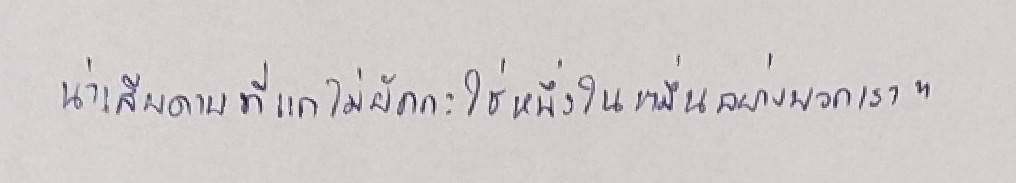
น่าเสียดายที่แกไม่ยักกะใช่หนึ่งในหมื่นอย่างพวกเขา"